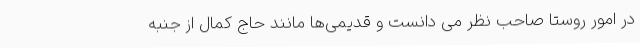
در امور روستا صاحب نظر می دانست و قدیمی‌ها مانند حاج کمال از جنبه